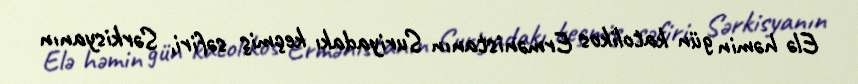
Elə həmin gün katolikos Ermənistanın Suriyadakı keçmiş səfiri, Sərkisyanın